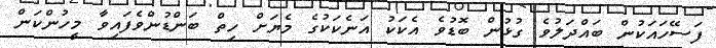
ފަސޭހައަކުން ބައްދަލުވެ ގުޅުން ބޮޑުވެ އެކަކު އަނެކަކުގެ މެޔަށް ހިތް ބަންޑުންވެފައިވާ މީހުންކަން